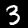
Label: 3